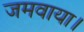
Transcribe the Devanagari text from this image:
जमवाया।